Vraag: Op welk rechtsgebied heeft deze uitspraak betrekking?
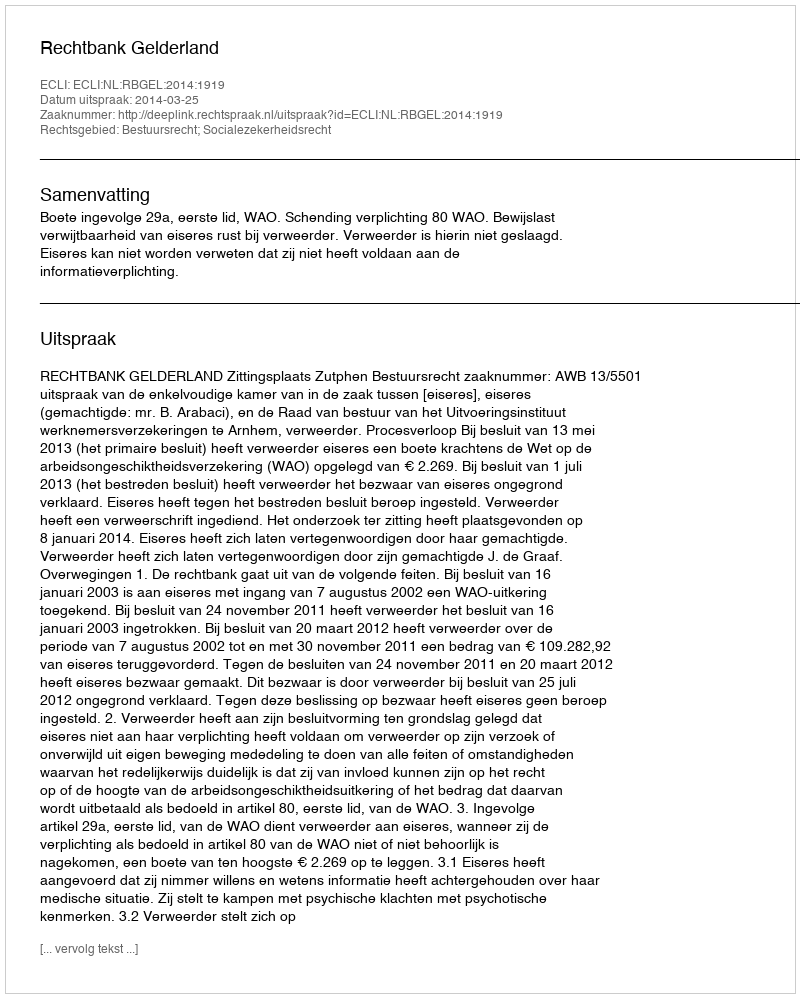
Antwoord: Bestuursrecht; Socialezekerheidsrecht